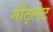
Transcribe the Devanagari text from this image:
गौंट्लेट